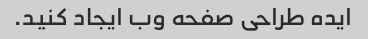
ایده طراحی صفحه وب ایجاد کنید.